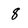
Character: 8